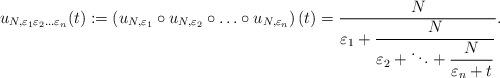
LaTeX: \begin{align*} u_{N,\varepsilon_1\varepsilon_2 \ldots \varepsilon_n}(t) := \left(u_{N,\varepsilon_1} \circ u_{N,\varepsilon_2} \circ \ldots \circ u_{N,\varepsilon_n}\right)(t) = \frac{N}{\displaystyle \varepsilon_1 +\frac{N}{\displaystyle \varepsilon_2 + \ddots +\frac{N}{\varepsilon_n +t}}}.\end{align*}